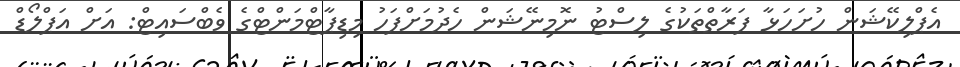
އެޕްލިކޭޝަން ހުށަހަޅާ ފަރާތްތަކުގެ ލިސްޓު ނޮމިނޭޝަން ހެދުމަށްފަހު މިޑިޕާޓްމަންޓްގެ ވެބްސައިޓް: އަށް އަޕްލޯޑް